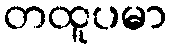
တထူပမာ